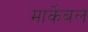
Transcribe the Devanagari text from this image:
मार्केबल